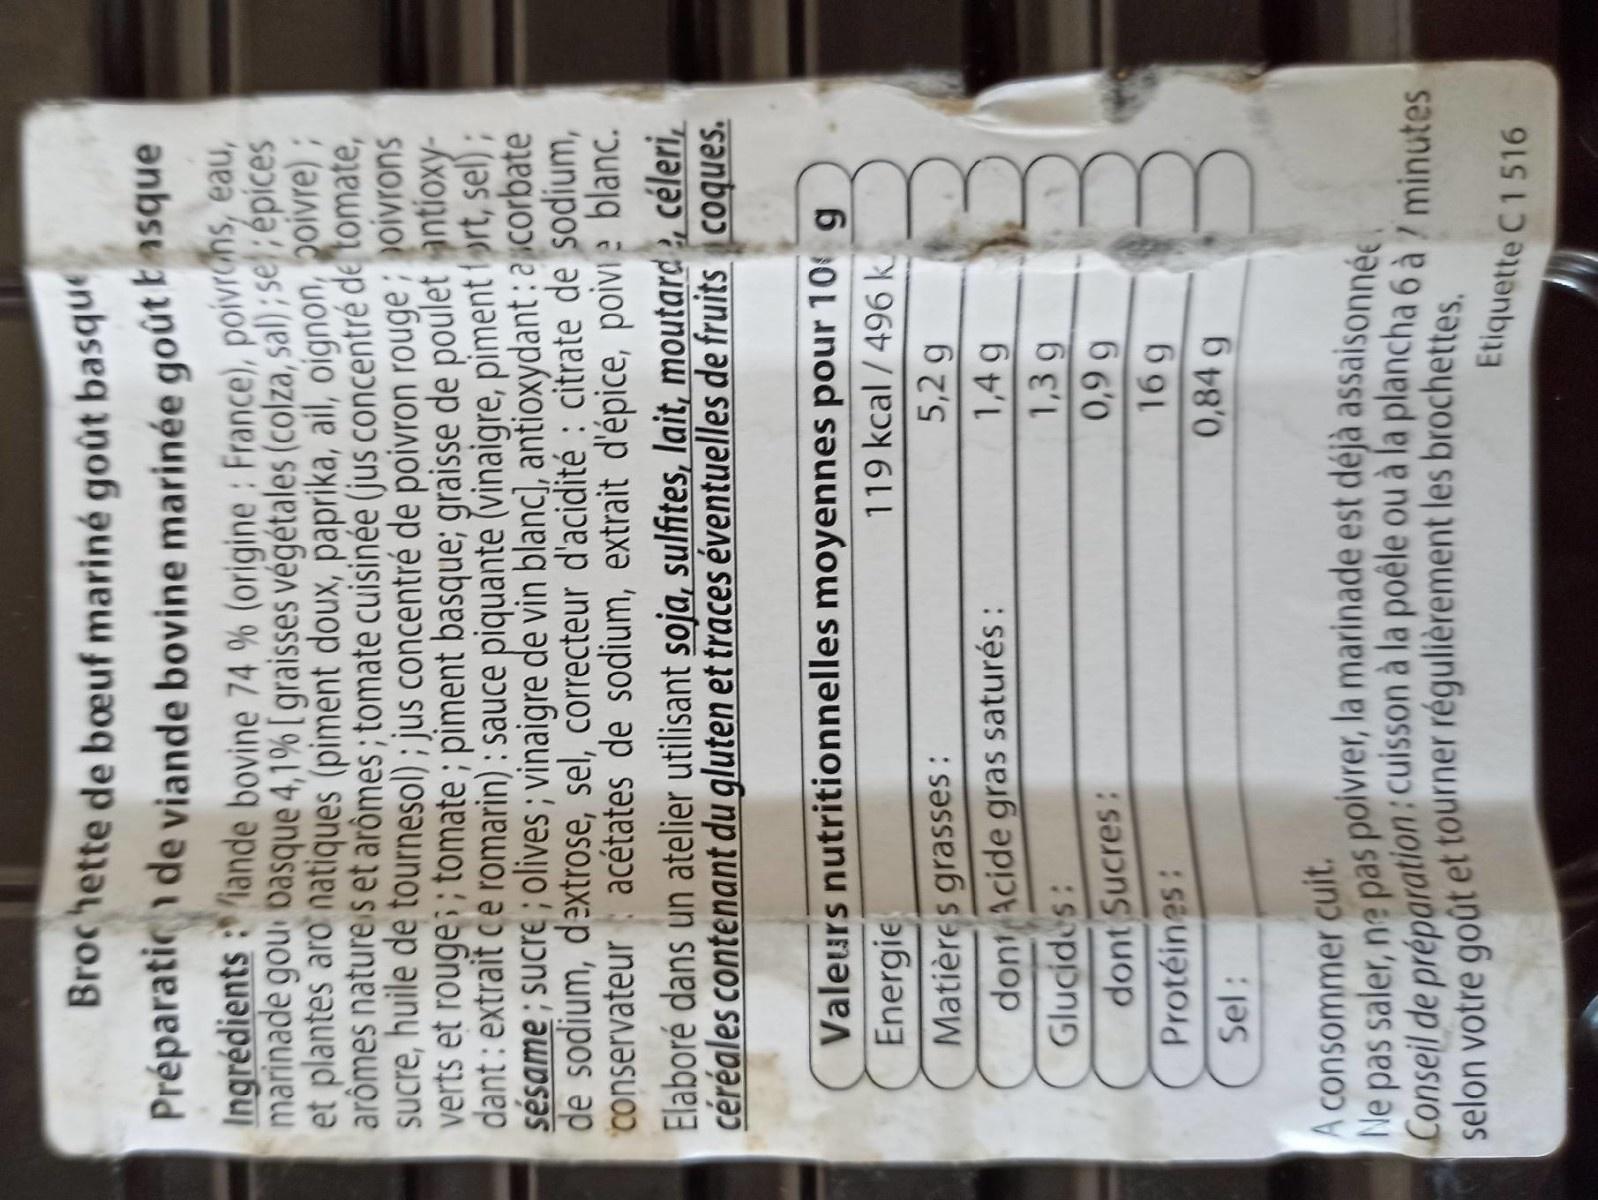
Broc hette de beuf mariné goût basque
Préparatic de viande bovine marinée goût Easque
marinade gou, basque 4,1% [ graisses végétales (colza, sal) ; se epices et plantes aro` natiques (piment doux, paprika, ail, oignon, 20Ivre) ; arômes natureis et arômes ; tomate cuisinée (jus concentré de tomate, sucre, huile de tournesol) ; jus concentré de poivron rouge ; poivrons verts et rouge; ; tomate ; piment basque; graisse de poulet antioxy- dant : extrait c e romarin) : sauce piquante (vinaigre, piment ort, sel) ; sésame ; sucre ; olives ; vinaigre de vin blanc], antioxydant : a icorbate de sodium, dəxtrose, sel, correcteur d'acidité : citrate de sodium, conservateur acétates de sodium, extrait d'épice, poivi e blanc. Elaboré dans un atelier utilisant soja, sulfites, lait, moutard , céleri, céréales contenant du gluten et traces éventuelles de fruits coques.
Ingrédients :iande bovine 74 % (origine : France), poivrohs, eau,
Valeurs nutritionnelles moyennes pour 10 g 119 kcal / 496 k
Energie
Matières grasses:
5,2 g
dont Acide gras saturés : Glucides: dont Sucres: Protéines:
1,4 g
6 6'0
69 0,84 g
Sel:
A consommer cuit.
Ne pas saler, nº pas polvrer, la marinade est déjà assaisonnée
selon votre goût et tourner régulièrement les brochettes. Etiquette C1516
Conseil de préparation:cuisson à la poêle ou à la plancha 6 à ? minutes